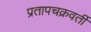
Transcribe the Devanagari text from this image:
प्रतापचक्रवर्ती